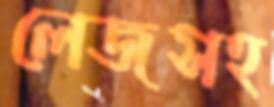
লেজসহ